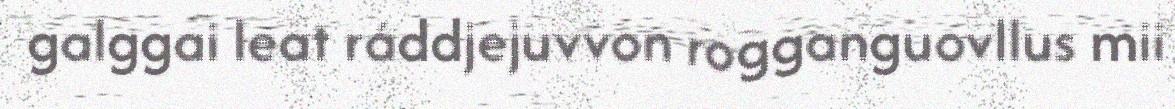
galggai leat ráddjejuvvon rogganguovllus mii